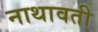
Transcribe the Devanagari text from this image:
नाथावती